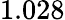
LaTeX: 1.028